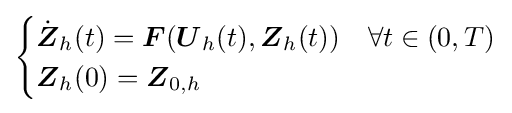
{\begin{cases}{\dot {\boldsymbol {Z}}}_{h}(t)={\boldsymbol {F}}({\boldsymbol {U}}_{h}(t),{\boldsymbol {Z}}_{h}(t))&\forall t\in (0,T)\\{\boldsymbol {Z}}_{h}(0)={\boldsymbol {Z}}_{0,h}\end{cases}}